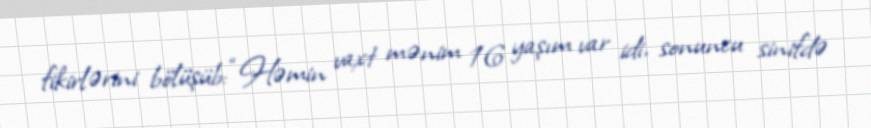
fikirlərini bölüşüb: “Həmin vaxt mənim 16 yaşım var idi, sonuncu sinifdə